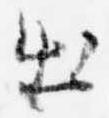
出